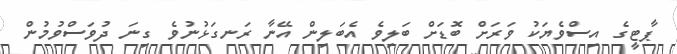
ޕާޓީގެ އިސްވެޔަކު ވަރަށް ބޮޑަށް ބަލިވެ އެބަލިން އޭނާ ރަނގަޅުނުވެ ގިނަ ދުވަސްވުމުން